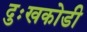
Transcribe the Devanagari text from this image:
दुःखकोडी